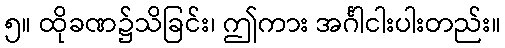
၅။ ထိုခဏ၌သိခြင်း၊ ဤကား အင်္ဂါငါးပါးတည်း။